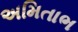
અમિતાભ